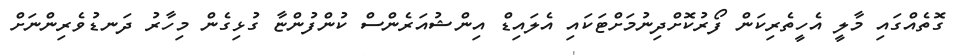
ގޮތެއްގައި މާލީ އެހީތެރިކަން ފޯރުކޮށްދިނުމަށްޓަކައި އެލައިޑް އިންޝުއަރެންސް ކުންފުންޏާ ގުޅިގެން މިހާރު ދަނޑުވެރިންނަށް